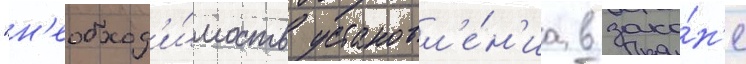
"н'еобход'и́мость установл'е́н'иа в зако́н'е